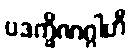
ပဒက္ခိဏဂ္ဂါဟီ